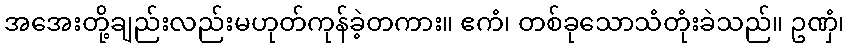
အအေးတို့ချည်းလည်းမဟုတ်ကုန်ခဲ့တကား။ ဧကံ၊ တစ်ခုသောသံတုံးခဲသည်။ ဥဏှံ၊